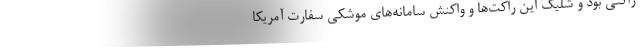
راکتی بود و شلیک این راکت‌ها و واکنش سامانه‌های موشکی سفارت آمریکا